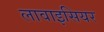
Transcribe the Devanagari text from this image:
लावाइसियर